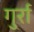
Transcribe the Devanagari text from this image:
गुर्रा